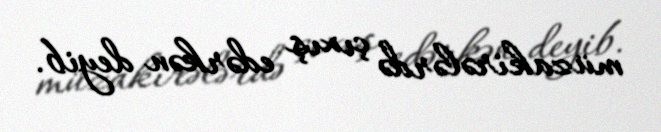
müzakirələrdə çıxış edərkən deyib.